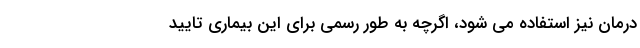
درمان نیز استفاده می شود، اگرچه به طور رسمی برای این بیماری تایید